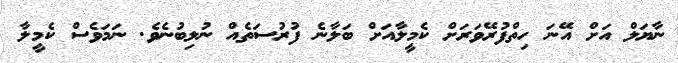
ނާޔަލް އަށް އޭނަ ހިތްފުރޭވަރަށް ކެމީލާއަށް ބަލާނެ ފުރުސަތެއް ނުލިބުނެވެ. ނަމަވެސް ކެމީލާ